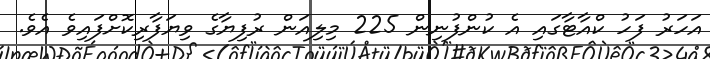
އަހަރު ފަހު ކްއާޓާގައި އެ ކުންފުނިން 225 މިލިއަން ރުފިޔާގެ ވިޔަފާރިކޮށްފައިވެ އެވެ.